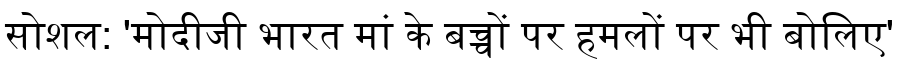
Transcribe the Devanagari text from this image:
सोशल: 'मोदीजी भारत मां के बच्चों पर हमलों पर भी बोलिए'